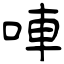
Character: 唓